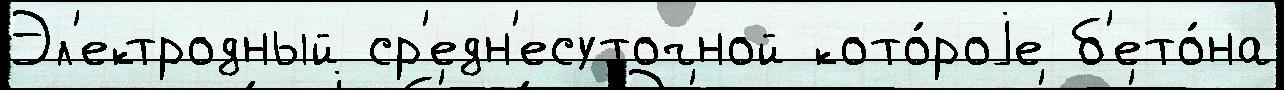
Эл'ектродный ср'едн'есуточной кото́роjе б'ето́на